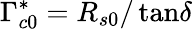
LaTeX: \Gamma_{c0}^{*}=R_{s0}/\tan\! \delta